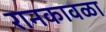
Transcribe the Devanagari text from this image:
रानकावळा